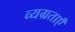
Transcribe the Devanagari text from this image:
व्यग्रताएँ